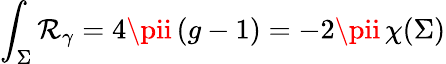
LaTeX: \int_{\Sigma}\mathcal{R}_{\gamma}=4\pii\, (g-1)=-2\pii\, \chi(\Sigma)